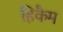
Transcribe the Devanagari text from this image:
हिकैम